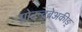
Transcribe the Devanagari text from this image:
ग्रोउन्द्ब्रेअकीङ्